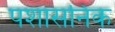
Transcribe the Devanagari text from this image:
पशासनिक